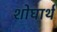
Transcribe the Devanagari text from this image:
शोघार्थ